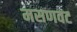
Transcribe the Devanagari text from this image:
मसणवट